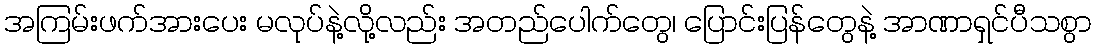
အကြမ်းဖက်အားပေး မလုပ်နဲ့လို့လည်း အတည်ပေါက်တွေ၊ ပြောင်းပြန်တွေနဲ့ အာဏာရှင်ပီသစွာ